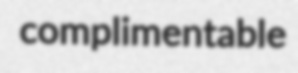
complimentable